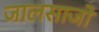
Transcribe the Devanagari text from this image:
जालसाजो